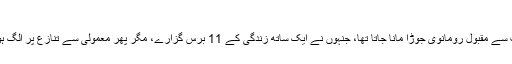
ویب ڈیسک19 مئ 2017
اینجلینا جولی اور بریڈ پٹ کی جوڑی کو ہولی وڈ کی سب سے مقبول رومانوی جوڑا مانا جاتا تھا، جنہوں نے ایک ساتھ زندگی کے 11 برس گزارے، مگر پھر معمولی سے تنازع پر الگ ہوگئے، اور گزشتہ برس دونوں کے درمیان طلاق ہوگئی۔